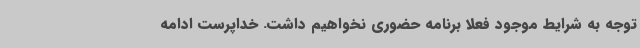
توجه به شرایط موجود فعلا برنامه حضوری نخواهیم داشت. خداپرست ادامه